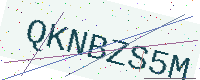
Text: QKNBZS5M